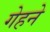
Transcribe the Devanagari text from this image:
गेहने